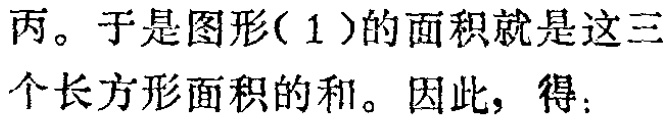
丙。于是图形(1)的面积就是这三个长方形面积的和。因此，得：